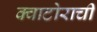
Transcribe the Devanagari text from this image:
क्वाटोराची